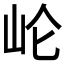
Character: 𱛍